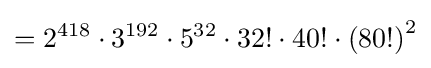
=2^{418}\cdot 3^{192}\cdot 5^{32}\cdot 32!\cdot 40!\cdot {(80!)}^{2}